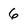
Character: 6